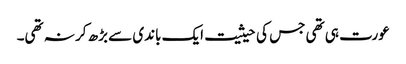
عورت ہی تھی جس کی حیثیت ایک باندی سے بڑھ کر نہ تھی۔